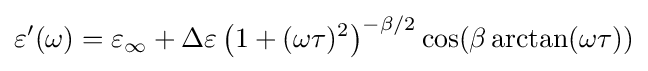
\varepsilon '(\omega )=\varepsilon _{\infty }+\Delta \varepsilon \left(1+(\omega \tau )^{2}\right)^{-\beta /2}\cos(\beta \arctan(\omega \tau ))